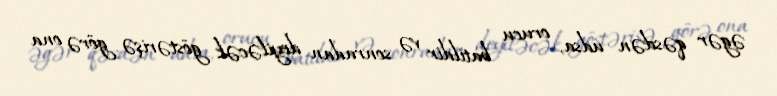
əgər qəsdən udsa, orucu batildir və sonradan deyiləcək göstərişə görə ona